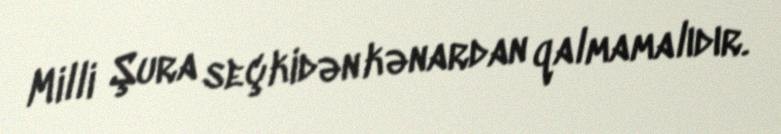
Milli Şura seçkidən kənardan qalmamalıdır.